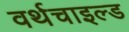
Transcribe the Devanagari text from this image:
वर्थचाइल्ड